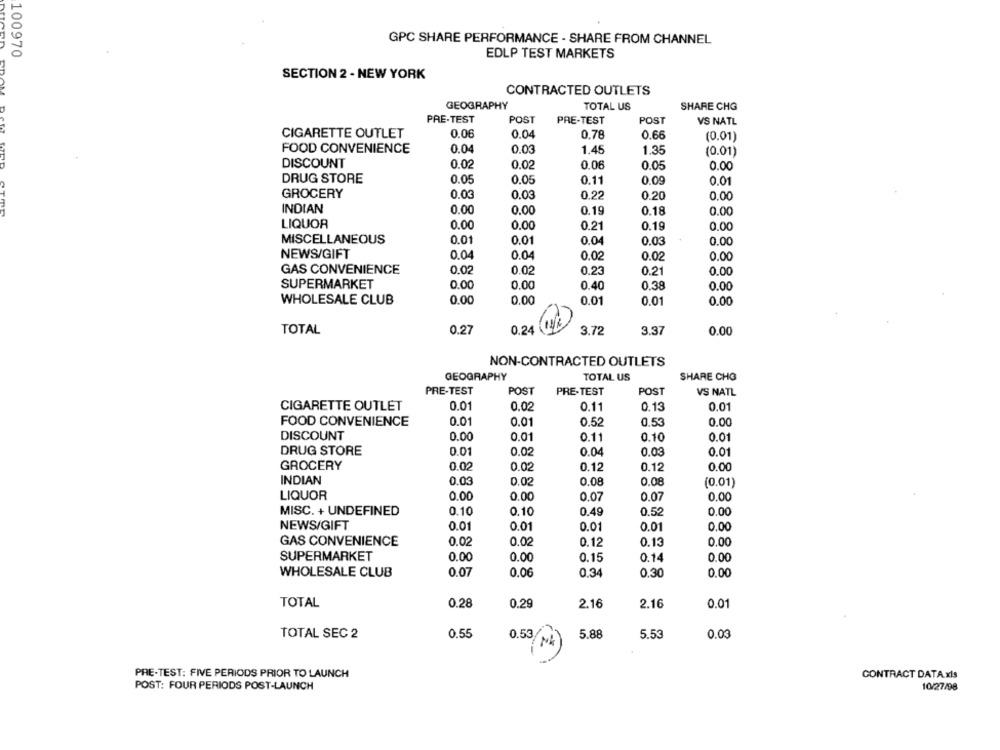
GPC SHARE PERFORMANCE - SHARE FROM CHANNEL
100970
EDLP TEST MARKETS
SECTION 2 - NEW YORK
CONTRACTED OUTLETS
GEOGRAPHY
TOTAL US
SHARE CHG
PRE-TEST
POST
PRE-TEST
POST
VS NATL
CIGARETTE OUTLET
0.06
0.04
0.78
0.66
(0.01)
FOOD CONVENIENCE
0.04
0.03
1.45
1.35
(0.01)
DISCOUNT
0.02
0.02
0.06
0.05
0.00
DRUG STORE
0.05
0.05
0.11
0.09
0.01
GROCERY
0.03
0.03
0.22
0.20
0.00
INDIAN
0.00
0.00
0.19
0.18
0.00
LIQUOR
0.00
0.00
0.21
0.19
0.00
MISCELLANEOUS
0.01
0.01
0.04
0.03
0.00
NEWS/GIFT
0.04
0.04
0.02
0.02
0.00
GAS CONVENIENCE
0.02
0.02
0.23
0.21
0.00
SUPERMARKET
0.00
0.00
0.40
0.38
0.00
WHOLESALE CLUB
0.00
0.00
0.01
0.01
0.00
TOTAL
0.27
0.24
3.72
3.37
0.00
NON-CONTRACTED OUTLETS
GEOGRAPHY
TOTAL US
SHARE CHO
PRE-TEST
POST
PRE-TEST
POST
VS NATL
0.01
0.11
CIGARETTE OUTLET
0.02
0.13
0.01
FOOD CONVENIENCE
0.01
0.01
0.52
0.53
0.00
DISCOUNT
0.00
0.01
0.11
0.10
0.01
DRUG STORE
0.02
0.01
0.01
0.04
0.03
GROCERY
0.00
0.02
0.02
0.12
0.12
INDIAN
0.03
0.02
0.08
0.08
(0.01)
LIQUOR
0.00
0.00
0.07
0.07
0.00
MISC. + UNDEFINED
0.10
0.10
0.00
0.49
0.52
NEWS/GIFT
0.01
0.01
0.01
0.01
0.00
GAS CONVENIENCE
0.02
0.02
0.12
0.13
0.00
SUPERMARKET
0.00
0.00
0.15
0.14
0.00
WHOLESALE CLUB
0.07
0.06
0.34
0.30
0.00
TOTAL
0.28
0.29
2.16
2.16
0.0
TOTAL SEC 2
0.55
5.88
5.53
0.03
0.53/M
PRE-TEST: FIVE PERIODS PRIOR TO LAUNCH
CONTRACT DATA xls
POST: FOUR PERIODS POST-LAUNCH
10/27/98